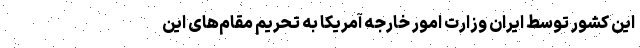
این کشور توسط ایران وزارت امور خارجه آمریکا به تحریم مقام‌های این